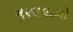
ખૂણાવાળો